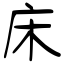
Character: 床